Indian journal of veterinary science and animal husbandry - Volume 13,
Year: 1943
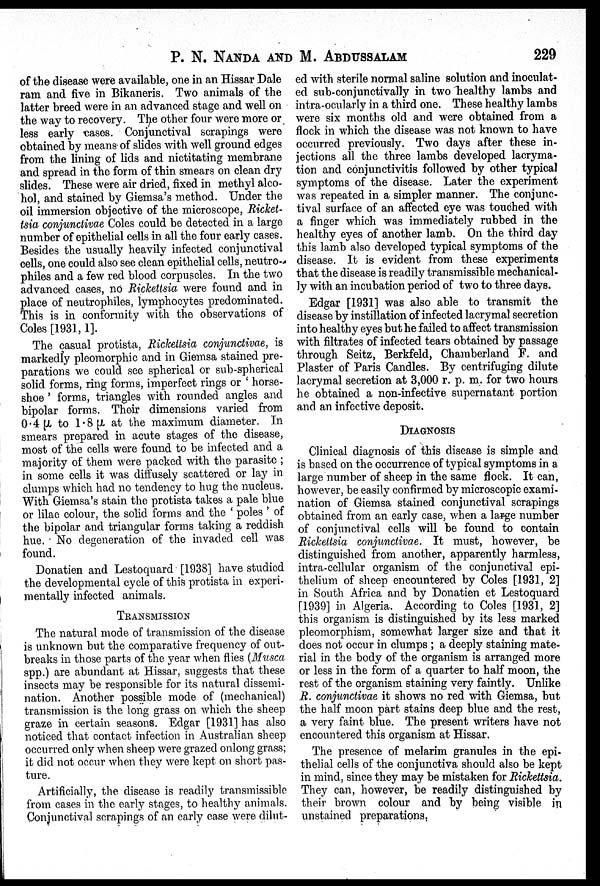
P. N. NANDA AND M. ABDUSSALAM 229
of the disease were available, one in an Hissar Dale
ram and five in Bikaneris. Two animals of the
latter breed were in an advanced stage and well on
the way to recovery. The other four were more or
less early cases. Conjunctival scrapings were
obtained by means of slides with well ground edges
from the lining of lids and nictitating membrane
and spread in the form of thin smears on clean dry
slides. These were air dried, fixed in methyl alco-
hol, and stained by Giemsa's method. Under the
oil immersion objective of the microscope, Ricket-
tsia conjunctivae Coles could be detected in a large
number of epithelial cells in all the four early cases.
Besides the usually heavily infected conjunctival
cells, one could also see clean epithelial cells, neutro-
philes and a few red blood corpuscles. In the two
advanced cases, no Rickettsia were found and in
place of neutrophiles, lymphocytes predominated.
This is in conformity with the observations of
Coles [1931, 1].
The casual protista, Rickettsia conjunctivae, is
markedly pleomorphic and in Giemsa stained pre-
parations we could see spherical or sub-spherical
solid forms, ring forms, imperfect rings or 'horse-
shoe' forms, triangles with rounded angles and
bipolar forms. Their dimensions varied from
0.4 µ to 1.8 µ at the maximum diameter. In
smears prepared in acute stages of the disease,
most of the cells were found to be infected and a
majority of them were packed with the parasite;
in some cells it was diffusely scattered or lay in
clumps which had no tendency to hug the nucleus.
With Giemsa's stain the protista takes a pale blue
or lilac colour, the solid forms and the 'poles' of
the bipolar and triangular forms taking a reddish
hue. No degeneration of the invaded cell was
found.
Donatien and Lestoquard [1938] have studied
the developmental cycle of this protista in experi-
mentally infected animals.
TRANSMISSION
The natural mode of transmission of the disease
is unknown but the comparative frequency of out-
breaks in those parts of the year when flies (Musca
spp.) are abundant at Hissar, suggests that these
insects may be responsible for its natural dissemi-
nation. Another possible mode of (mechanical)
transmission is the long grass on which the sheep
graze in certain seasons. Edgar [1931] has also
noticed that contact infection in Australian sheep
occurred only when sheep were grazed onlong grass;
it did not occur when they were kept on short pas-
ture.
Artificially, the disease is readily transmissible
from cases in the early stages, to healthy animals.
Conjunctival scrapings of an early case were dilut-
ed with sterile normal saline solution and inoculat-
ed sub-conjunctivally in two healthy lambs and
intra-ocularly in a third one. These healthy lambs
were six months old and were obtained from a
flock in which the disease was not known to have
occurred previously. Two days after these in-
jections all the three lambs developed lacryma-
tion and conjunctivitis followed by other typical
symptoms of the disease. Later the experiment
was repeated in a simpler manner. The conjunc-
tival surface of an affected eye was touched with
a finger which was immediately rubbed in the
healthy eyes of another lamb. On the third day
this lamb also developed typical symptoms of the
disease. It is evident from these experiments
that the disease is readily transmissible mechanical-
ly with an incubation period of two to three days.
Edgar [1931] was also able to transmit the
disease by instillation of infected lacrymal secretion
into healthy eyes but he failed to affect transmission
with filtrates of infected tears obtained by passage
through Seitz, Berkfeld, Chamberland F. and
Plaster of Paris Candles. By centrifuging dilute
lacrymal secretion at 3,000 r. p. m. for two hours
he obtained a non-infective supernatant portion
and an infective deposit.
DIAGNOSIS
Clinical diagnosis of this disease is simple and
is based on the occurrence of typical symptoms in a
large number of sheep in the same flock. It can,
however, be easily confirmed by microscopic exami-
nation of Giemsa stained conjunctival scrapings
obtained from an early case, when a large number
of conjunctival cells will be found to contain
Rickettsia conjunctivae. It must, however, be
distinguished from another, apparently harmless,
intra-cellular organism of the conjunctival epi-
thelium of sheep encountered by Coles [1931, 2]
in South Africa and by Donatien et Lestoquard
[1939] in Algeria. According to Coles [1931, 2]
this organism is distinguished by its less marked
pleomorphism, somewhat larger size and that it
does not occur in clumps; a deeply staining mate-
rial in the body of the organism is arranged more
or less in the form of a quarter to half moon, the
rest of the organism staining very faintly. Unlike
R. conjunctivae it shows no red with Giemsa, but
the half moon part stains deep blue and the rest,
a very faint blue. The present writers have not
encountered this organism at Hissar.
The presence of melarim granules in the epi-
thelial cells of the conjunctiva should also be kept
in mind, since they may be mistaken for Rickettsia.
They can, however, be readily distinguished by
their brown colour and by being visible in
unstained preparations.